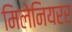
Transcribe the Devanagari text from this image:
मिलेनियरर